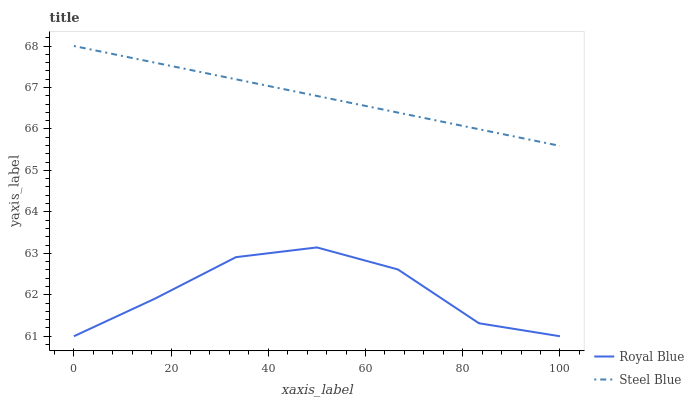
| xaxis_label | Royal Blue | Steel Blue |
 | --- | --- | --- |
 | 0 | 61 | 68 |
 | 16.7 | 61.9 | 67.6 |
 | 33.3 | 62.9 | 67.2 |
 | 50 | 63.1 | 66.8 |
 | 66.7 | 62.6 | 66.4 |
 | 83.3 | 61.3 | 66 |
 | 100 | 61 | 65.6 |